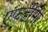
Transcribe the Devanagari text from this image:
एफडीसी